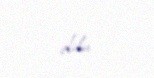
oldu.